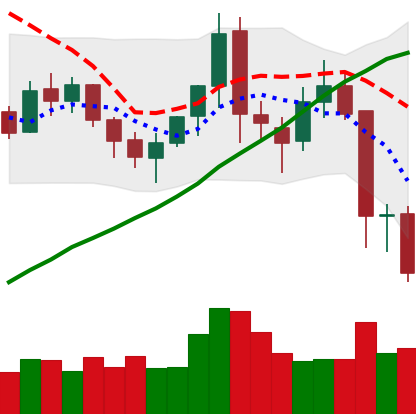
Ticker: XMR-USD
Chart end date: 2021-11-18
Forward return: 4.343%
Label: up_3_5